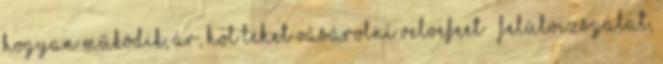
hogyan működik, ár, hol lehet vásárolni VelveFeet – felülvizsgálat,